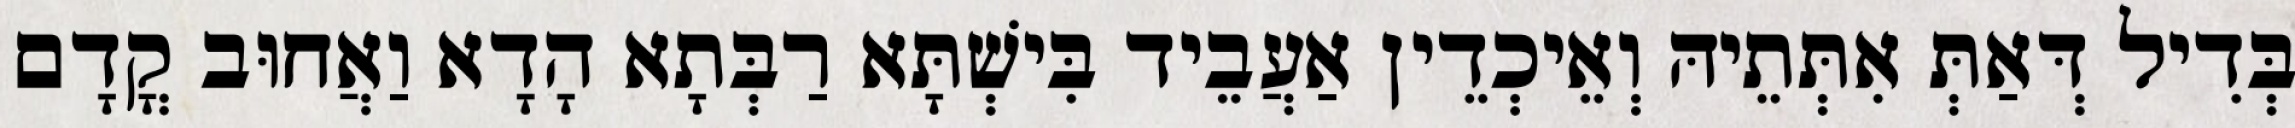
בְּדִיל דְּאַתְּ אִתְּתֵיהּ וְאֵיכְדֵין אַעֲבֵיד בִּישְׁתָּא רַבְּתָא הָדָא וַאֲחוּב קֳדָם